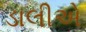
ડાલીએ